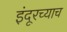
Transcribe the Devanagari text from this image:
इंदूरच्याच